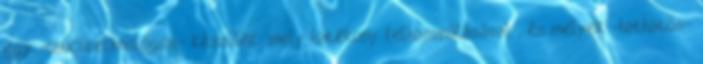
egy -csúcstechnológiai- készülék; mely hatékony felhasználásával-, és melyek -hathatós-